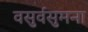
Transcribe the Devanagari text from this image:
वसुर्वसुमना